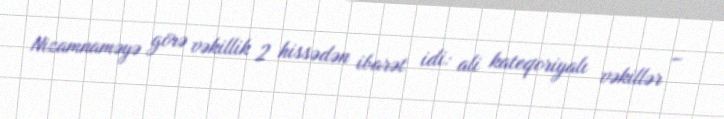
Nizamnaməyə görə vəkillik 2 hissədən ibarət idi: ali kateqoriyalı vəkillər –